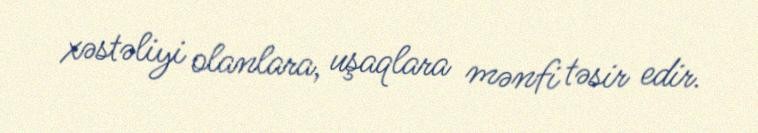
xəstəliyi olanlara, uşaqlara mənfi təsir edir.